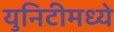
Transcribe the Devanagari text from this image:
युनिटीमध्ये